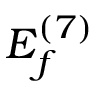
E _ { f } ^ { ( 7 ) }